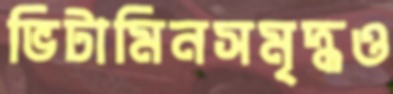
ভিটামিনসমৃদ্ধও